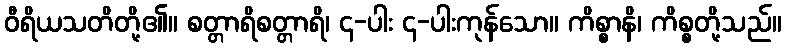
ဝီရိယသတိတို့၏။ စတ္တာရိစတ္တာရိ၊ ၄-ပါး ၄-ပါးကုန်သော။ ကိစ္စာနိ၊ ကိစ္စတို့သည်။